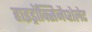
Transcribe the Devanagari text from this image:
हाइड्रॉक्सिनैप्शेलेट